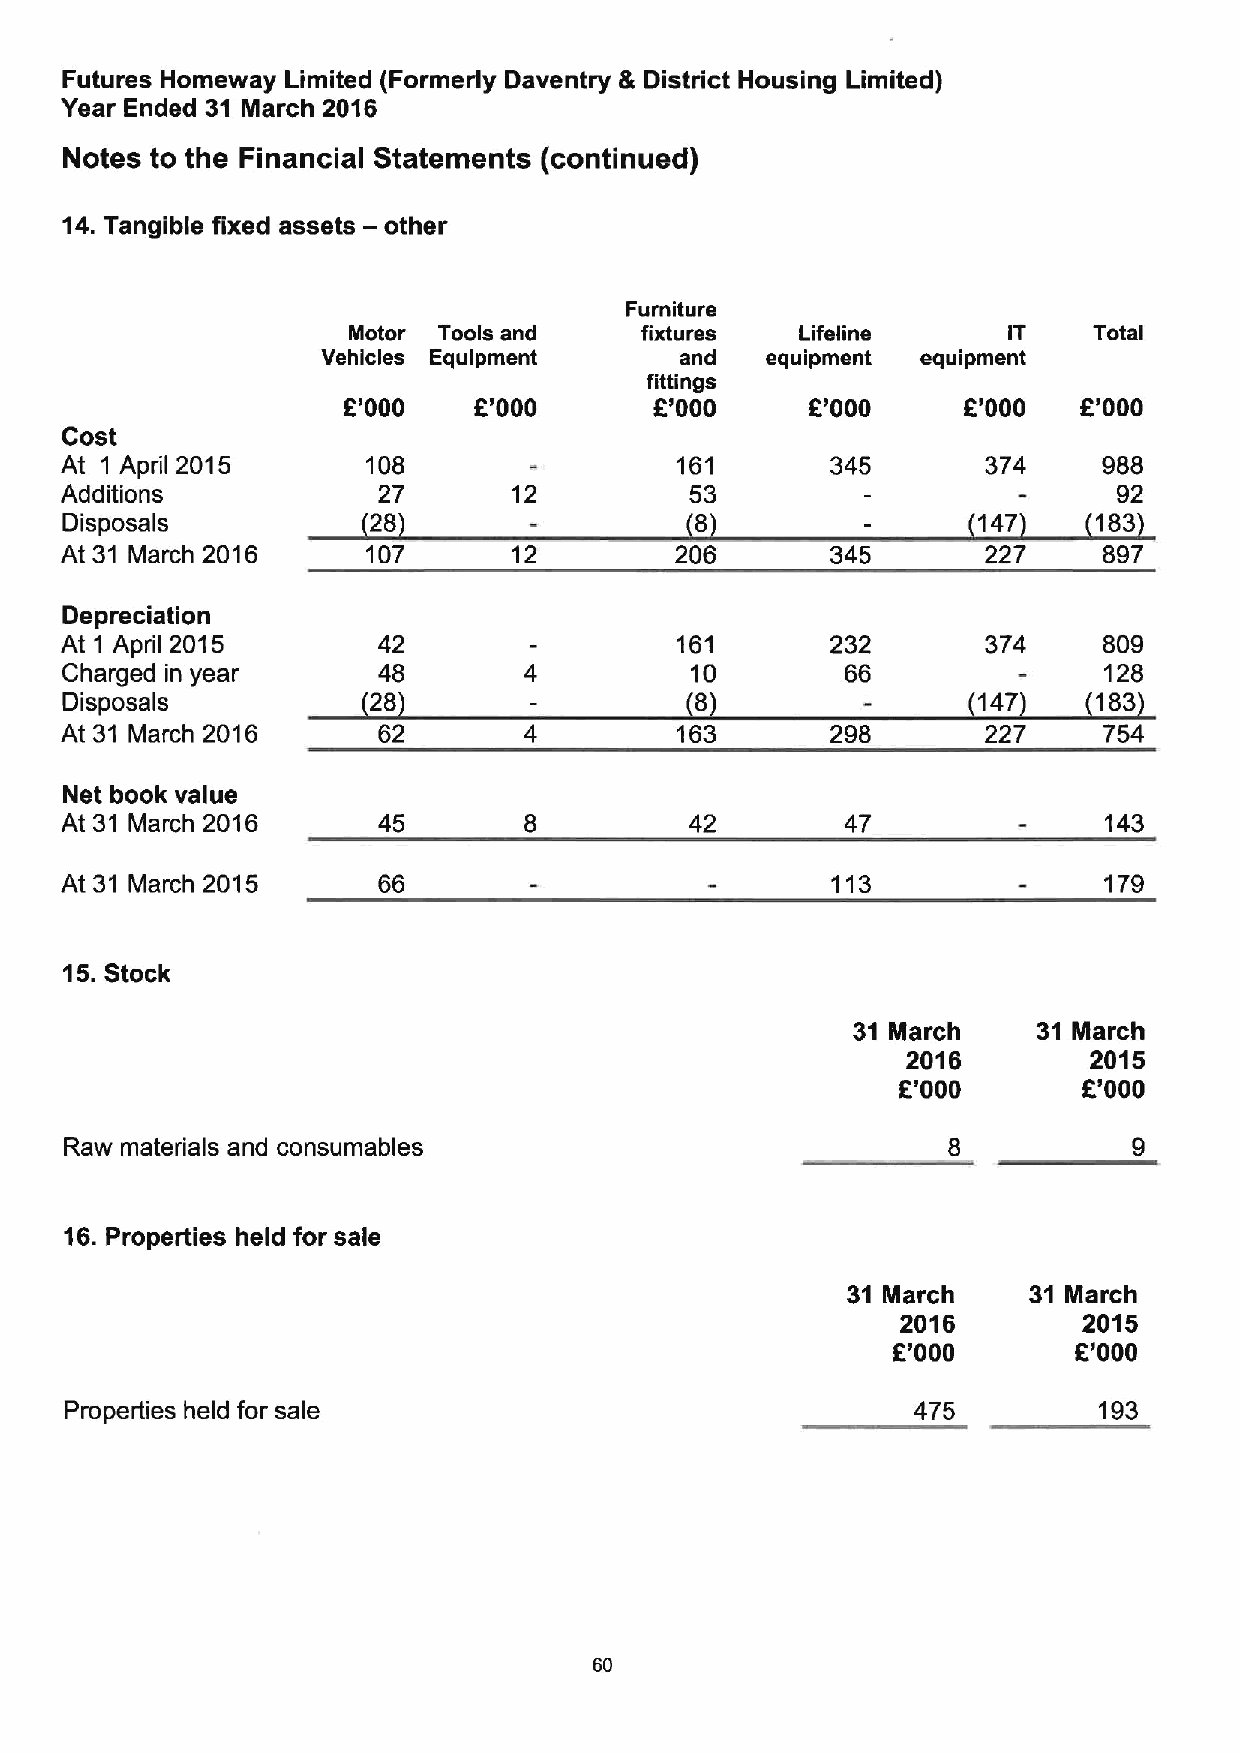
Futures Homeway Limited (Formerly Daventry & District Housing Limited)
 Year Ended 31 March 2016
 Notes to the Financial Statements (continued)
 14.Tangible fixed assets —other
 Furniture
 Motor Tools and    fixtures   Lifeline      IT   Total
 Vehicles Equipment      and   equipment equipment
 fittings
 E'000   E'000        '000      6'000     6'000   E'000
 F.
 Cost
 At 1 April 2015     108                  161       345       374     988
 Additions            27       12          53                          92
 Disposals           28                    8                  147     183
 At 31 March 2016    107       12         206       345       227     897
 Depreciation
 At 1 April 2015      42                  161       232       374     809
 Charged in year      48                   10        66               128
 Disposals           28                    8                  147     183
 At 31 March 2016     62                  163       298       227     754
 Net book value
 At 31 March 2016     45                   42        47               143
 At 31 March 2015                                   113               179
 15.Stock
 31 March     31 March
 2016        2015
 6'000        E'000
 Raw materials and consumables
 16.Properties held for sale
 31 March    31 March
 2016        2015
 6'000       K'000
 Properties held for sale                                475          193
 60